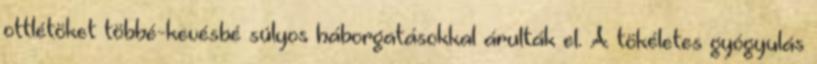
ottlétöket többé-kevésbé súlyos háborgatásokkal árulták el. A tökéletes gyógyulás